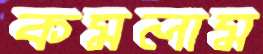
কমলাম